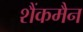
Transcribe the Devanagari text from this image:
शैंकमैन